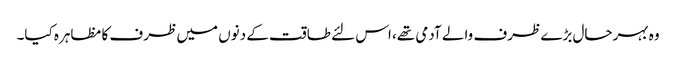
وہ بہرحال بڑے ظرف والے آدمی تھے، اس لئے طاقت کے دنوں میں ظرف کا مظاہرہ کیا۔